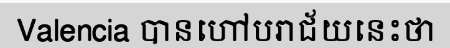
Valencia បានហៅបរាជ័យនេះថា